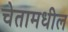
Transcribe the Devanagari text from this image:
चेतामधील